Vaccination Hyderabad 1872-1889 - 1872-1889
Year: 1872
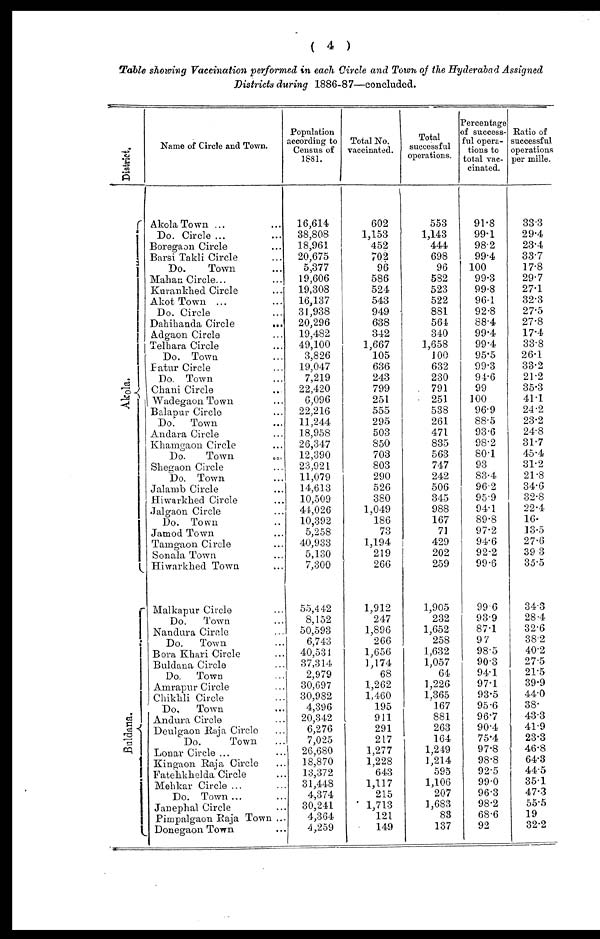
( 4 )
Table showing Vaccination performed in each Circle and Town of the Hyderabad Assigned
Districts during 1886-87—concluded.
District.
Akola.
Buldana.
Name of Circle and Town.
Akola Town ... ...
Do. Circle ... ...
Boregaon Circle ...
Barsi Takli Circle ...
Do.
Town ...
Mahan Circle... ...
Kurankhed Circle ...
Akot Town ... ...
Do. Circle ...
Dahihanda Circle
...
Adgaon Circle ...
Telhara Circle ...
Do. Town ...
Fatur Circle ...
Do. Town ...
Chani Circle ...
Wadegaon Town ...
Balapur Circle ...
Do.
Town ...
Andara Circle ...
Khamgaon Circle ...
Do.
Town
...
Shegaon Circle ...
Do. Town ...
Jalamb Circle ...
Hiwarkhed Circle ...
Jalgaon Circle ...
Do. Town ...
Jamod Town ...
Tamgaon Circle ...
Sonala Town ...
Hiwarkhed Town ...
Malkapur Circle ...
Do.
Town ...
Nandura Circle ...
Do.
Town ...
Bora Khari Circle ...
Buldana Circle ...
Do. Town ...
Amrapur Circle ...
Chikhli Circle ...
Do.
Town ...
Andura Circle ...
Deulgaon Raja Circle ...
Do.
Town ...
Lonar Circle ... ...
Kingaon Raja Circle ...
Fatehkhelda Circle ...
Mehkar Circle ... ...
Do. Town... ...
Janephal Circle ...
Pimpalgaon Raja Town ...
Donegaon Town ...
Population
according to
Census of
1881.
16,614
38,808
18,961
20,675
5,377
19,606
19,308
16,137
31,938
20,296
19,482
49,100
3,826
19,047
7,219
22,420
6,096
22,216
11,244
18,958
26,347
12,390
23,921
11,079
14,613
10,509
44,026
10,392
5,258
40,933
5,130
7,300
55,442
8,152
50,593
6,743
40,531
37,314
2,979
30,697
30,982
4,396
20,342
6,276
7,025
26,680
18,870
13,372
31,448
4,374
30,241
4,364
4,259
Total No.
vaccinated.
602
1,153
452
702
96
586
524
543
949
638
342
1,667
105
636
243
799
251
555
295
503
850
703
803
290
526
380
1,049
186
73
1,194
219
266
1,912
247
1,896
266
1,656
1,174
68
1,262
1,460
195
911
291
217
1,277
1,228
643
1,117
215
1,713
121
149
Total
successful
operations.
553
1,143
444
698
96
582
523
522
881
564
340
1,658
100
632
230
791
251
538
261
471
835
563
747
242
506
345
988
167
71
429
202
259
1,905
232
1,652
258
1,632
1,057
64
1,226
1,365
167
881
263
164
1,249
1,214
595
1,106
207
1,683
83
137
Percentage
of success-
ful opera-
tions to
total vac-
cinated.
91.8
99.1
98.2
99.4
100
99.3
99.8
96.1
92.8
88.4
99.4
99.4
95.5
99.3
94.6
99
100
96.9
88.5
93.6
98.2
80.1
93
83.4
96.2
95.9
94.1
89.8
97.2
94.6
92.2
99.6
99.6
93.9
87.1
97
98.5
90.3
94.1
97.1
93.5
95.6
96.7
90.4
75.4
97.8
98.8
92.5
99.0
96.3
98.2
68.6
92
Ratio of
successful
operations
per mille.
33.3
29.4
23.4
33.7
17.8
29.7
27.1
32.3
27.5
27.8
17.4
33.8
26.1
33.2
21.2
35.3
41.1
24.2
23.2
24.8
31.7
45.4
31.2
21.8
34.6
32.8
22.4
16.
13.5
27.6
39.3
35.5
34.3
28.4
32.6
38.2
40.2
27.5
21.5
39.9
44.0
38.
43.3
41.9
23.3
46.8
64.3
44.5
35.1
47.3
55.5
19
32.2